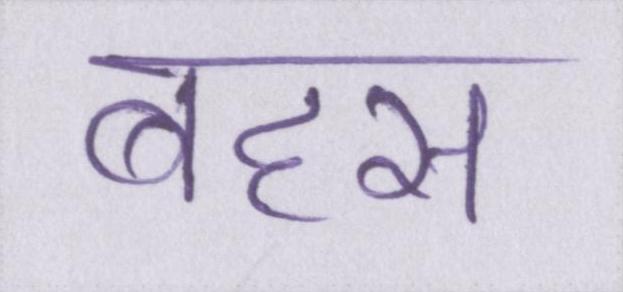
बहस